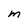
Character: m